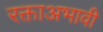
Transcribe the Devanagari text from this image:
रक्ताअभावी